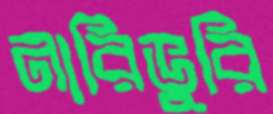
নারিভুরি